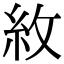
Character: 𮈄